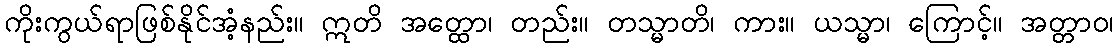
ကိုးကွယ်ရာဖြစ်နိုင်အံ့နည်း။ ဣတိ အတ္ထော၊ တည်း။ တသ္မာတိ၊ ကား။ ယသ္မာ၊ ကြောင့်။ အတ္တာဝ၊